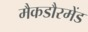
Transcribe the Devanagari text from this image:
मैकडौरमेंड